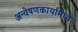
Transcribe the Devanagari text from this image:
अन्वेषणकार्यामध्ये